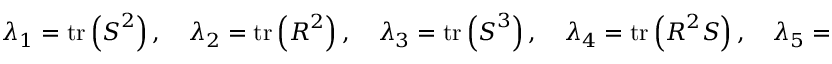
\lambda _ { 1 } = \operatorname { t r } \left( \boldsymbol { S } ^ { 2 } \right) , \quad \lambda _ { 2 } = \operatorname { t r } \left( \boldsymbol { R } ^ { 2 } \right) , \quad \lambda _ { 3 } = \operatorname { t r } \left( \boldsymbol { S } ^ { 3 } \right) , \quad \lambda _ { 4 } = \operatorname { t r } \left( \boldsymbol { R } ^ { 2 } \boldsymbol { S } \right) , \quad \lambda _ { 5 } = \operatorname { t r } \left( \boldsymbol { R } ^ { 2 } \boldsymbol { S } ^ { 2 } \right) .